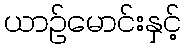
ယာဉ်မောင်းနှင့်